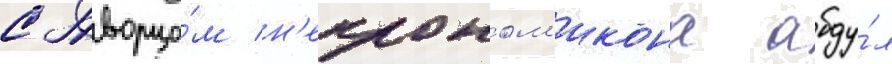
с творцо́м н'екроном'икона абду́л